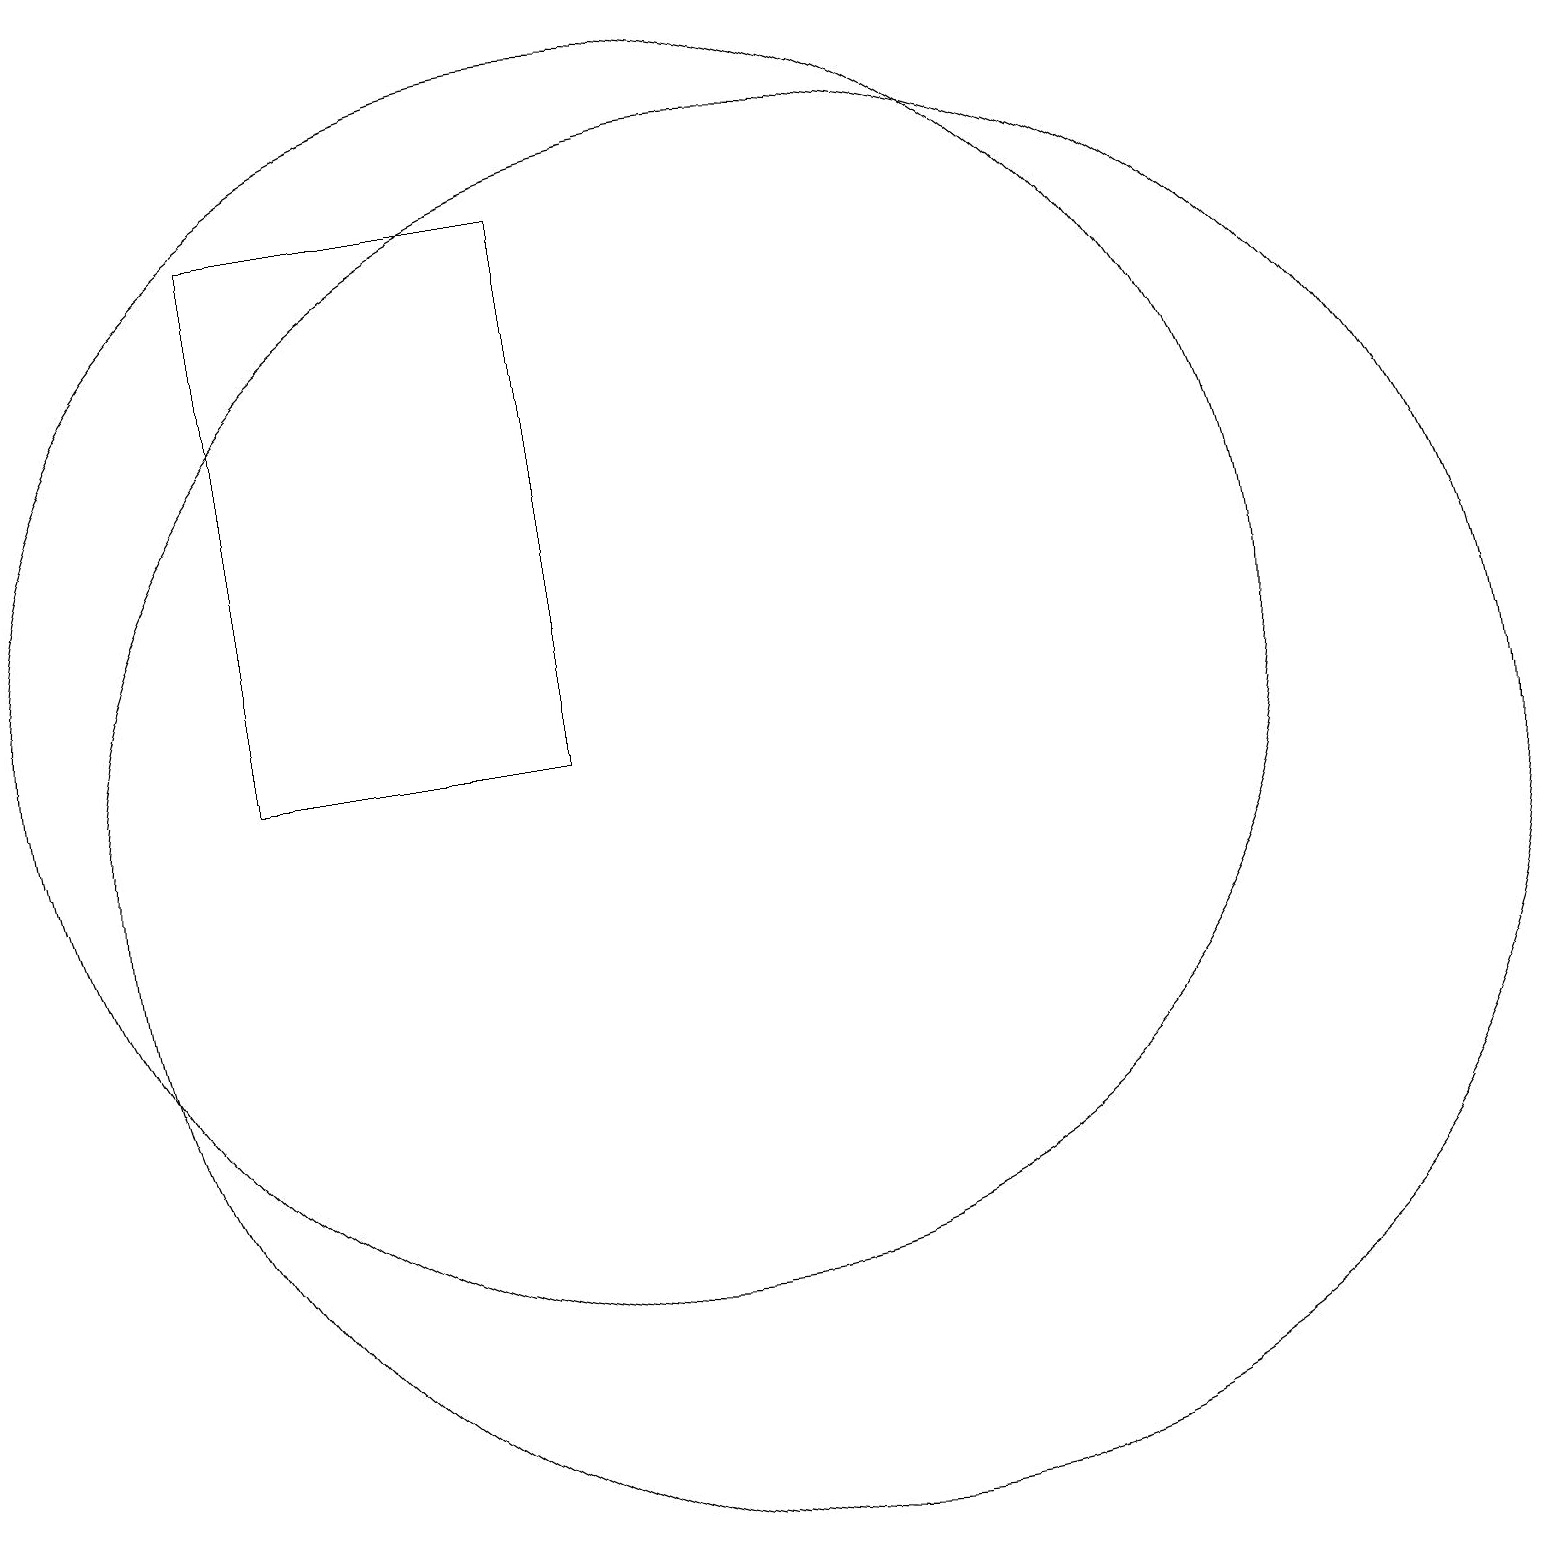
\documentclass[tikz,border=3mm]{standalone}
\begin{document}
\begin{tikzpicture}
\draw (10,12) circle (8);
\draw (9,11) rectangle (9,14);
\draw (12,10) circle (9);
\draw (5,18) rectangle (9,11);
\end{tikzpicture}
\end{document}